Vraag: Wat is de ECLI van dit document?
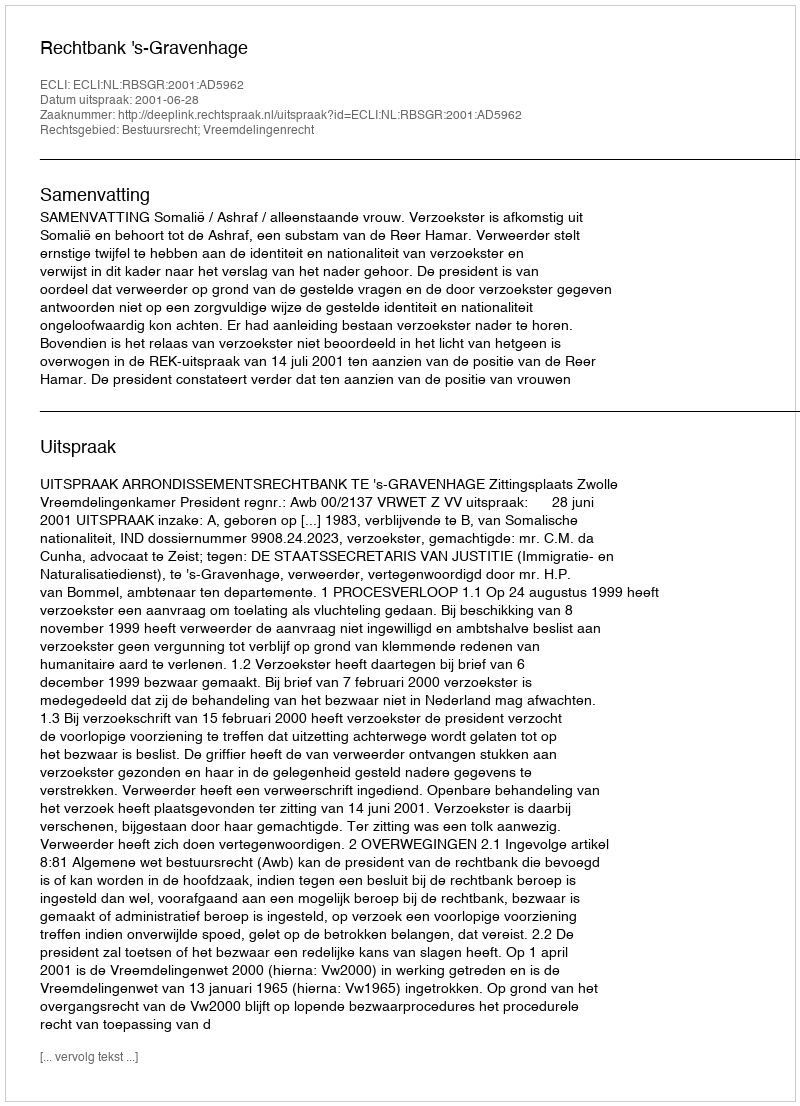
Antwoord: ECLI:NL:RBSGR:2001:AD5962